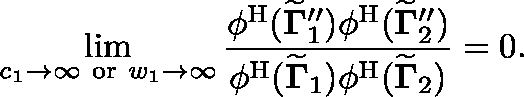
\operatorname* { l i m } _ { c _ { 1 } \to \infty \mathrm { ~ o r ~ } w _ { 1 } \to \infty } \frac { \phi ^ { \mathrm { H } } ( { \widetilde { \mathbf { \Gamma } } } _ { 1 } ^ { \prime \prime } ) \phi ^ { \mathrm { H } } ( { \widetilde { \mathbf { \Gamma } } } _ { 2 } ^ { \prime \prime } ) } { \phi ^ { \mathrm { H } } ( { \widetilde { \mathbf { \Gamma } } } _ { 1 } ) \phi ^ { \mathrm { H } } ( { \widetilde { \mathbf { \Gamma } } } _ { 2 } ) } = 0 .